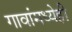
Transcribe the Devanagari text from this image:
गावांमध्येही